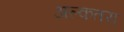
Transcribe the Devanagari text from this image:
अल्कतरा